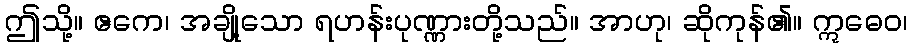
ဤသို့။ ဧကေ၊ အချို့သော ရဟန်းပုဏ္ဏားတို့သည်။ အာဟု၊ ဆိုကုန်၏။ ဣဓေဝ၊